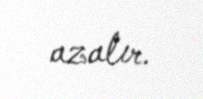
azalır.